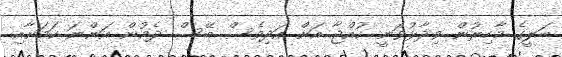
ބަލީގެ މާހިރުން ވިދާޅުވަނީ ކުއްޖާ އަށް އަދިވެސް ބޭސް ދެމުން އަންނަ ކަމަށާއި